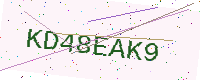
Text: KD48EAK9